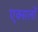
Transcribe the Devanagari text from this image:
एक्सलों